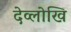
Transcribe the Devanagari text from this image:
देव्लोखि